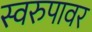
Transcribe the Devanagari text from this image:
स्वरुपावर